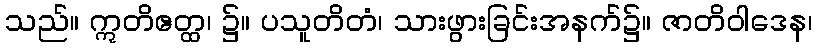
သည်။ ဣတိဧတ္ထ၊ ၌။ ပသူတိတံ၊ သားဖွားခြင်းအနက်၌။ ဇာတိဝါဒေန၊